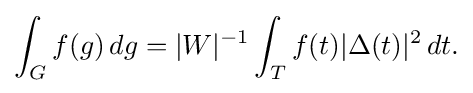
\displaystyle {\int _{G}f(g)\,dg=|W|^{-1}\int _{T}f(t)|\Delta (t)|^{2}\,dt.}